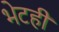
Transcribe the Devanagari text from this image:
भेटही